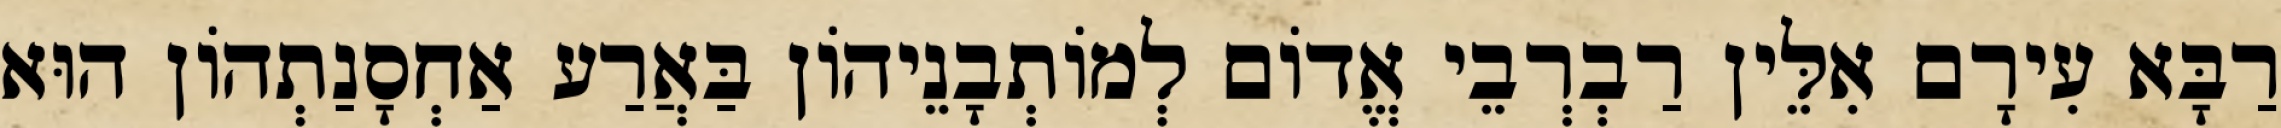
רַבָּא עִירָם אִלֵּין רַבְרְבֵי אֱדוֹם לְמוֹתְבָנֵיהוֹן בַּאֲרַע אַחְסָנַתְהוֹן הוּא